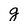
Character: g